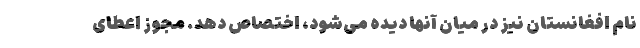
نام افغانستان نیز در میان آنها دیده می‌شود، اختصاص دهد. مجوز اعطای